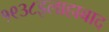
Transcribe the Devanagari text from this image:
१९३८इलाहाबाद